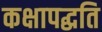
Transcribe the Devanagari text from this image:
कक्षापद्धति